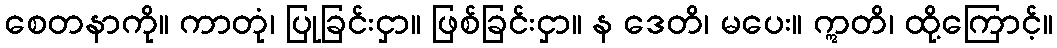
စေတနာကို။ ကာတုံ၊ ပြုခြင်းငှာ။ ဖြစ်ခြင်းငှာ။ န ဒေတိ၊ မပေး။ ဣတိ၊ ထို့ကြောင့်။